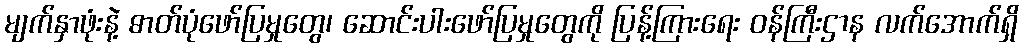
မျက်နှာဖုံးနဲ့ ဓာတ်ပုံဖော်ပြမှုတွေ၊ ဆောင်းပါးဖော်ပြမှုတွေကို ပြန့်ကြားရေး ဝန်ကြီးဌာန လက်အောက်ရှိ